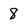
Character: 8